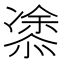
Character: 𭞢